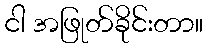
ငါ အဖြုတ်ခိုင်းတာ။